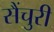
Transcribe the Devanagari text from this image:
सैंचुरी